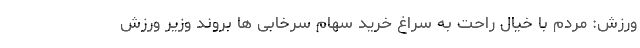
ورزش: مردم با خیال راحت به سراغ خرید سهام سرخابی ها بروند وزیر ورزش